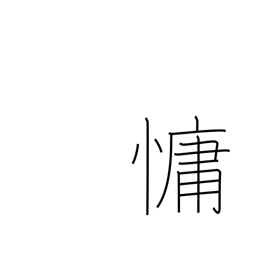
Meaning: languid